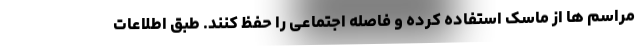
مراسم ها از ماسک استفاده کرده و فاصله اجتماعی را حفظ کنند. طبق اطلاعات